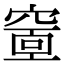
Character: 𥧘